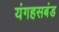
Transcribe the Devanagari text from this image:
यंगहसबंड